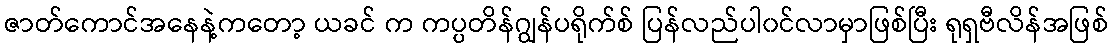
ဇာတ်ကောင်အနေနဲ့ကတော့ ယခင် က ကပ္ပတိန်ဂျွန်ပရိုက်စ် ပြန်လည်ပါ၀င်လာမှာဖြစ်ပြီး ရုရှဗီလိန်အဖြစ်